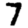
Digit: 7